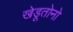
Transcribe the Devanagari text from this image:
खेडूतोनो